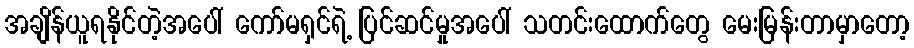
အချိန်ယူရနိုင်တဲ့အပေါ် ကော်မရှင်ရဲ့ ပြင်ဆင်မှုအပေါ် သတင်းထောက်တွေ မေးမြန်းတာမှာတော့